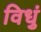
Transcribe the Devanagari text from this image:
विधुं